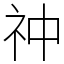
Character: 祌